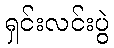
ရှင်းလင်းပွဲ